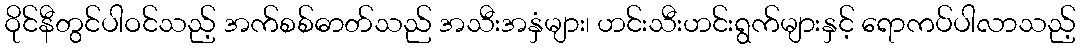
ဝိုင်နီတွင်ပါဝင်သည့် အက်စစ်ဓာတ်သည် အသီးအနှံများ၊ ဟင်းသီးဟင်းရွက်များနှင့် ရောကပ်ပါလာသည့်